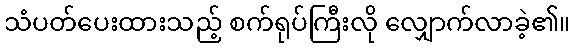
သံပတ်ပေးထားသည့် စက်ရုပ်ကြီးလို လျှောက်လာခဲ့၏။